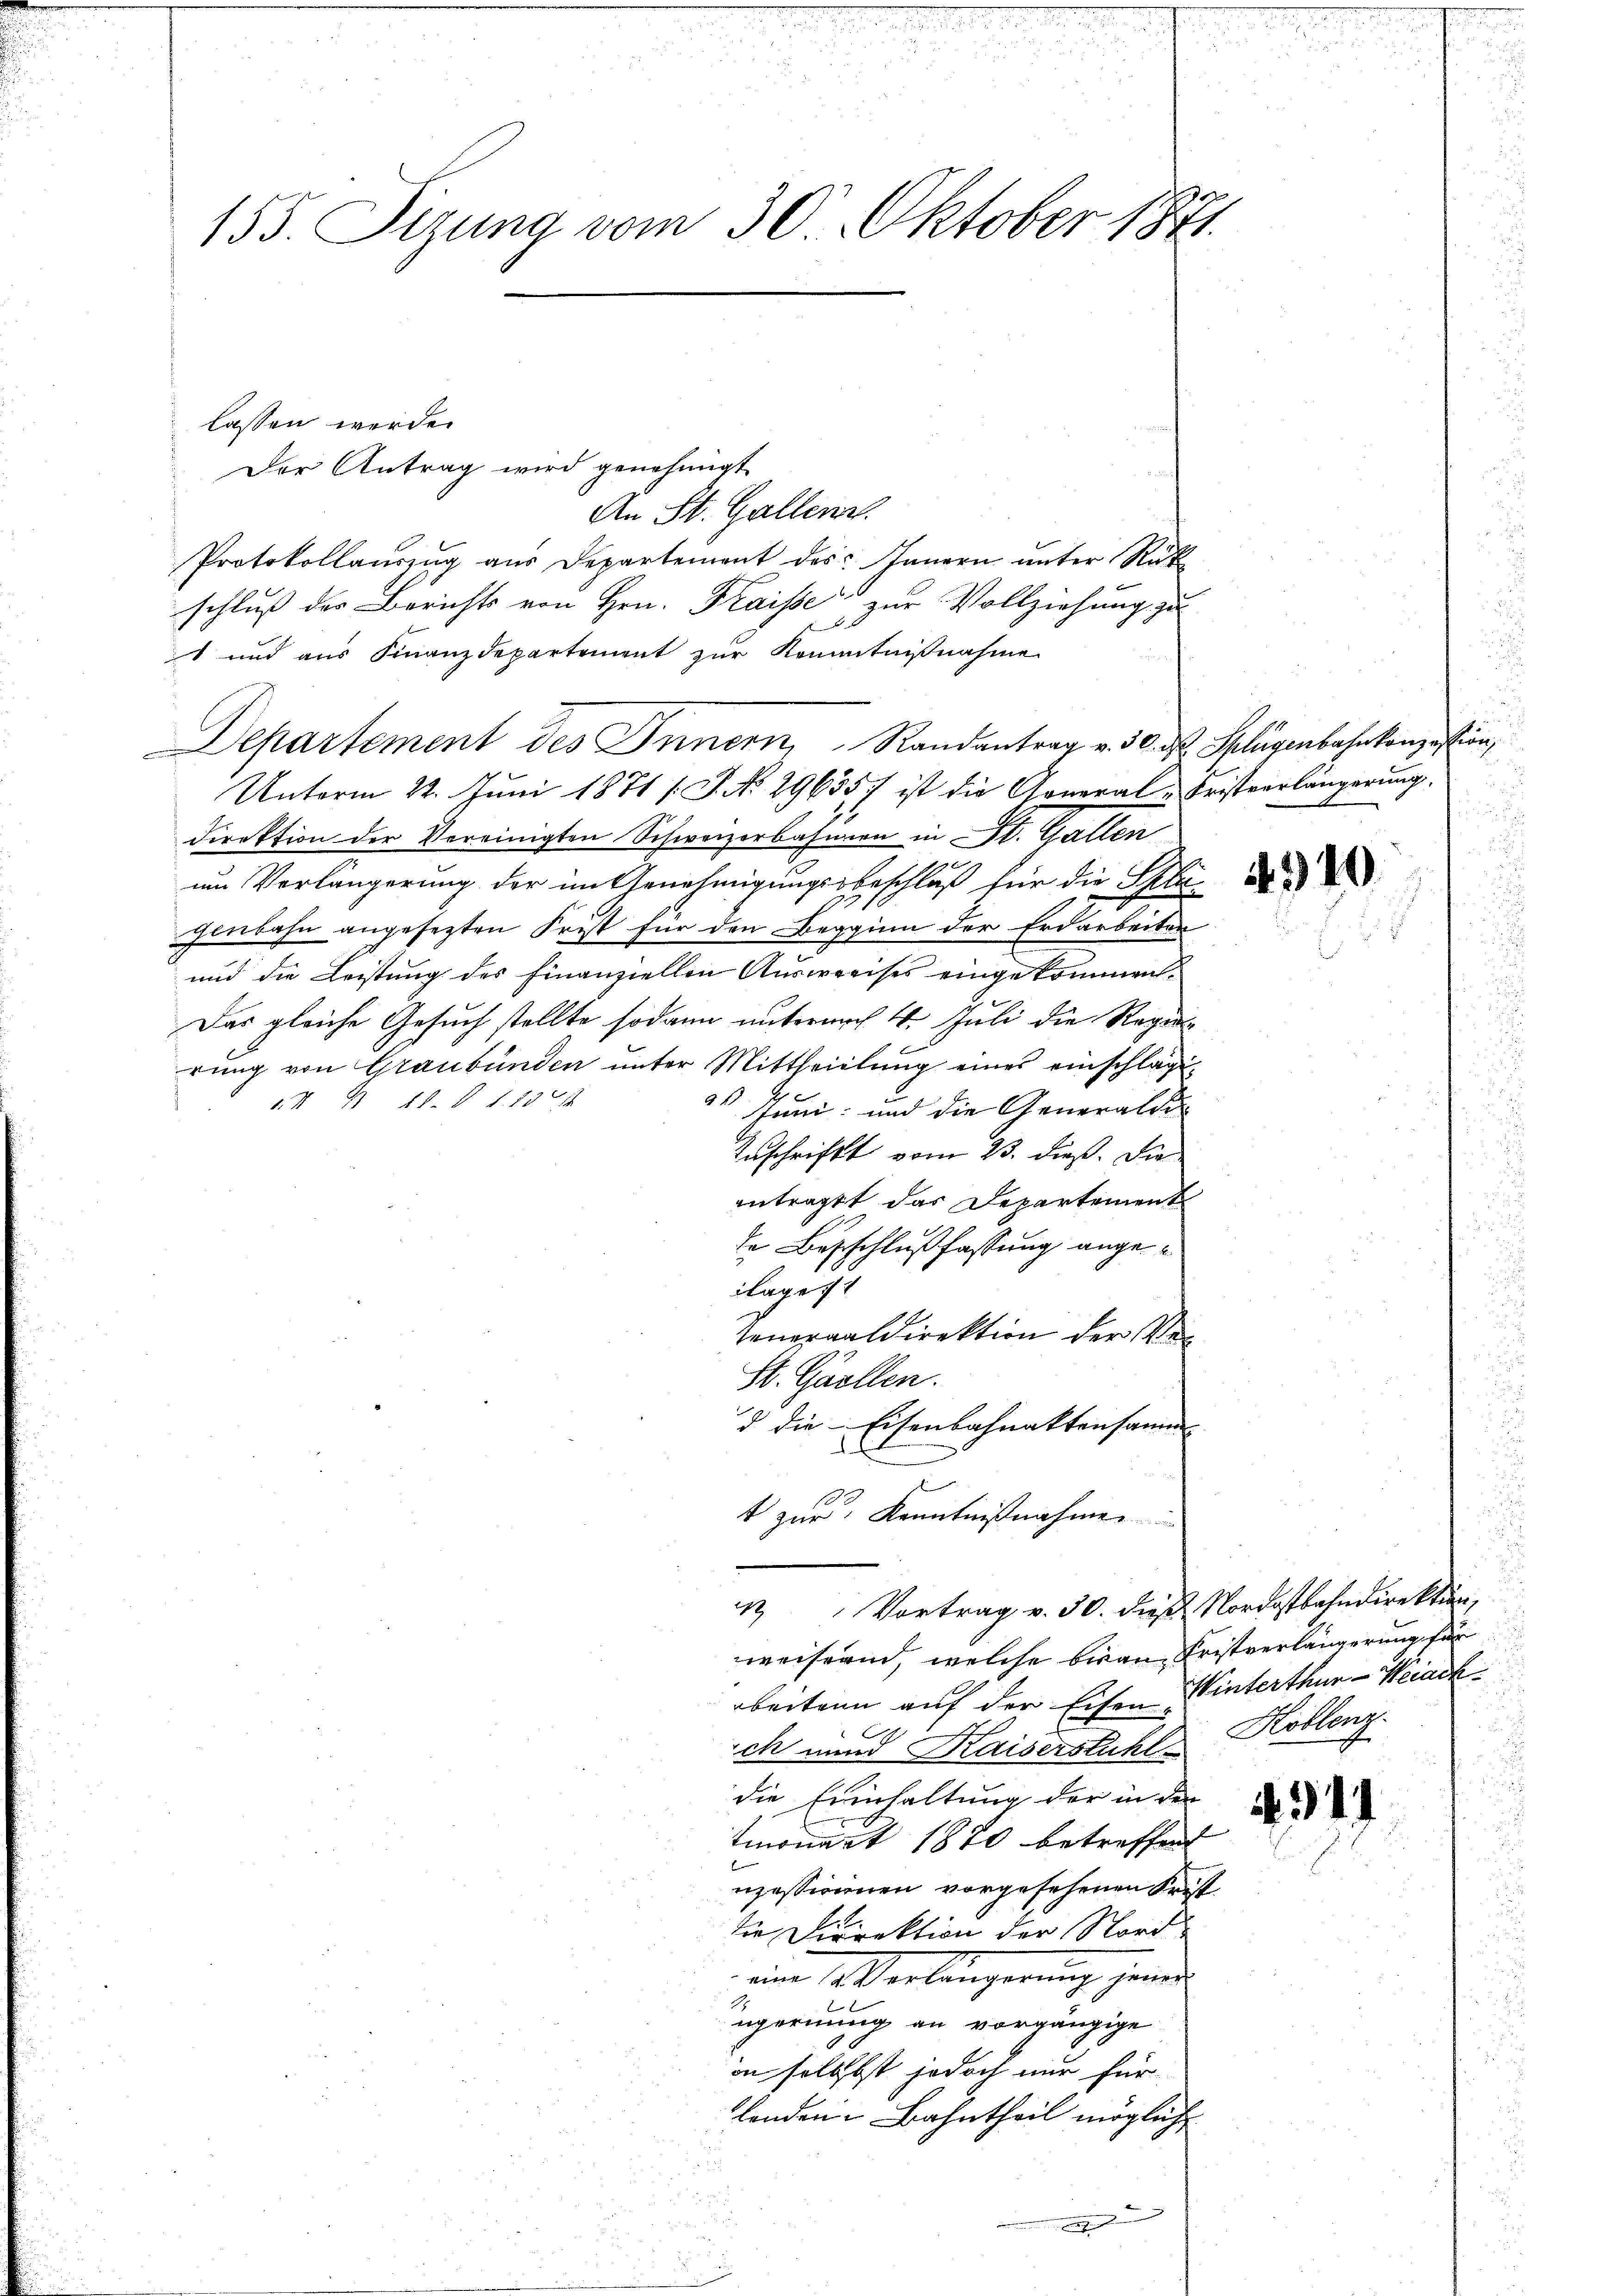
155. Sizung vom 30. Oktober 1871.

lassen werde.
Der Antrag wird genehmigt
An St. Gallenz
Protokollauszug aus Departement des Innern unter Rükschluß der Berichts von Hrn. Kraisse zur Vollziehung zu
t und aus Finanzdepartement zur Kenntnißnahme
Unterm 22. Juni 1871 /J. No 29635 ist die General-Fristverlängerŭng.
direktion der Vereinigten Schweizerbahnern in St. Gallen
um Verlängerung der im Genehmigungsbeschluß für die Schied
genbahn angesezten Frist für den Beginn der Erdarbeiter
und die Leistung des Finanziellen Ausweises eingekommen.
Das gleiche Gesuch stellte sodann unternach 4. Juli die Regierung von Graubünden unter Mittheilung eines einschlägi¬
91
I B 11. d. 1. 1904
Juni und die Generaldi
Zuschrift vom 23. dieß. Die
antragt das Departement
de Besschlußfassung angeilage 11
seneraldirektion der Ver
S. Quellen.
d die Eisenbahnaktensamm
10
t zur Kenntnißnahme
" Vortrag v. 30. dieß Nordostbahndirektion,
weisern, welche berau, Fristverlängerung für
beitenn auf der Eisen Winterthur–Weiach
ich und Kaiserstuhl Koblenz
die Einhaltung der in der
 311
tmonat 1870 betreffend
nzessionnen vorgesehenen Fristdie Direktion der Nordein Verlängerung hande
ugernung an vorgängige
in selbst jedoch nur für
lenden Bahntheil mögliche
w

Departement des Innern, Randantrag v. 30. ds Splügenbahnkonzession,

u
i